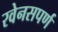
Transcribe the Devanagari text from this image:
रवेनसपर्ण